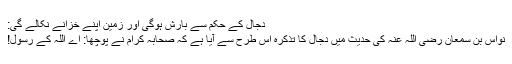
دجال کے حکم سے بارش ہوگی اور زمین اپنے خزانے نکالے گی:
نواس بن سمعان رضی اللہ عنہ کی حدیث میں دجال کا تذکرہ اس طرح سے آیا ہے کہ صحابہ کرام نے پوچھا: اے اللہ کے رسول!